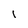
Character: 1